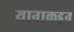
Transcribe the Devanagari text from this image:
यानाकडून